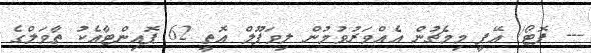
--- ފޮޓޯ/ އޭޕީ މިމެޗުން އެއްވަރުވުމުން ލިވަޕޫލް އޮތީ 62 ޕޮއިންޓާއެކު ތާވަލްގެ